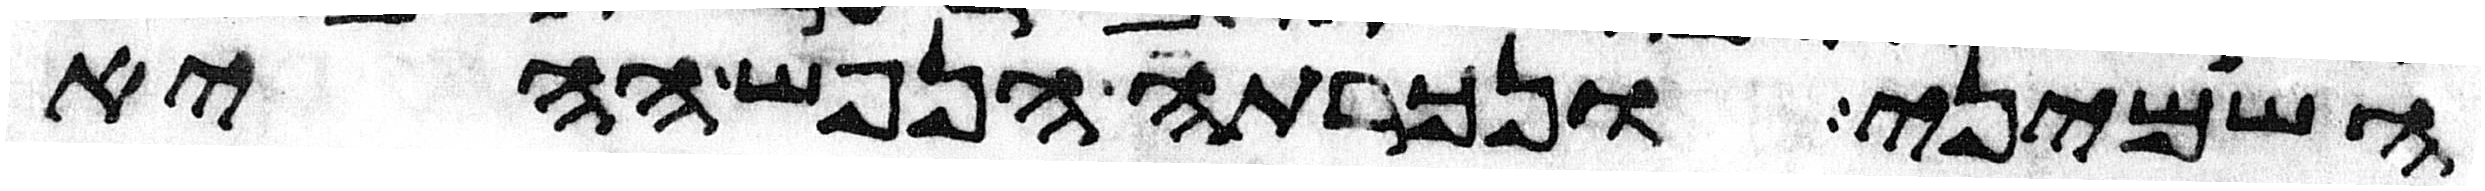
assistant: השמיני ונכרתה הנפש ההיא